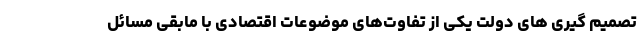
تصمیم ‌گیری ‌های دولت یکی از تفاوت‌های موضوعات اقتصادی با مابقی مسائل